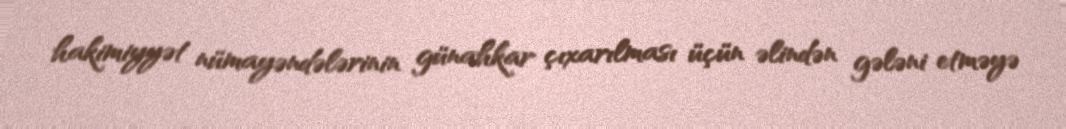
hakimiyyət nümayəndələrinin günahkar çıxarılması üçün əlindən gələni etməyə